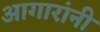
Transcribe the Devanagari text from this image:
आगारांनी